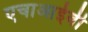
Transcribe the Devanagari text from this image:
एचाआईवी